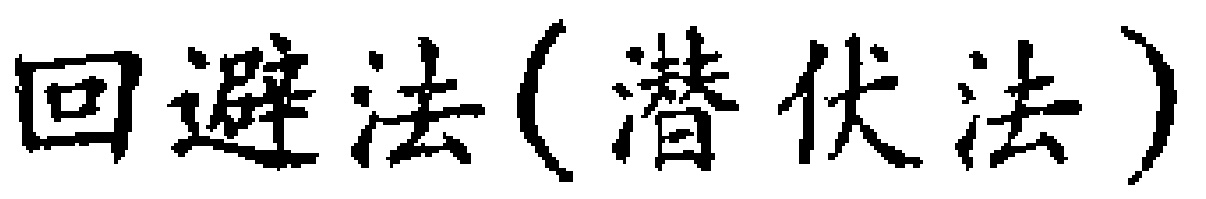
回避法(潜伏法)